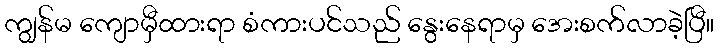
ကျွန်မ ကျောမှီထားရာ စံကားပင်သည် နွေးနေရာမှ အေးစက်လာခဲ့ပြီ။